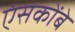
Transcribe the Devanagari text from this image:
एंसकोंबे